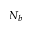
N _ { b }